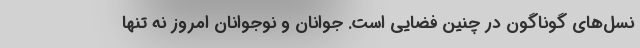
نسل‌هاي گوناگون در چنين فضايي است. جوانان و نوجوانان امروز نه تنها